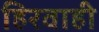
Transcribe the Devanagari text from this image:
हिरवाही